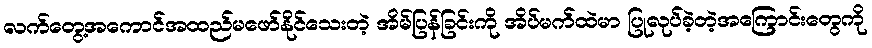
လက်တွေ့အကောင်အထည်မဖော်နိုင်သေးတဲ့ အိမ်ပြန်ခြင်းကို အိပ်မက်ထဲမာ ပြုလုပ်ခဲ့တဲ့အကြောင်းတွေကို